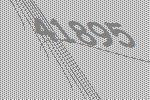
41895